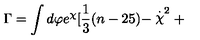
\Gamma = \int d \varphi e ^ { \chi } [ \frac { 1 } { 3 } ( n - 2 5 ) - \stackrel { . } { \chi } ^ { 2 } +